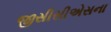
જીસીસીએસના